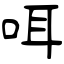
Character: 咡